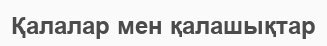
Қалалар мен қалашықтар